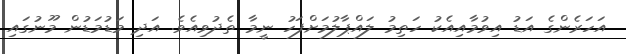
އަހަރެންގެ އަޑު އިވުމާއިއެކު ހަތިމު ލައްޕާލުމަށްފަހު ނީމާ ތެދުވިއެވެ. އަދި މަޑުމަޑުން މޫނުގައި